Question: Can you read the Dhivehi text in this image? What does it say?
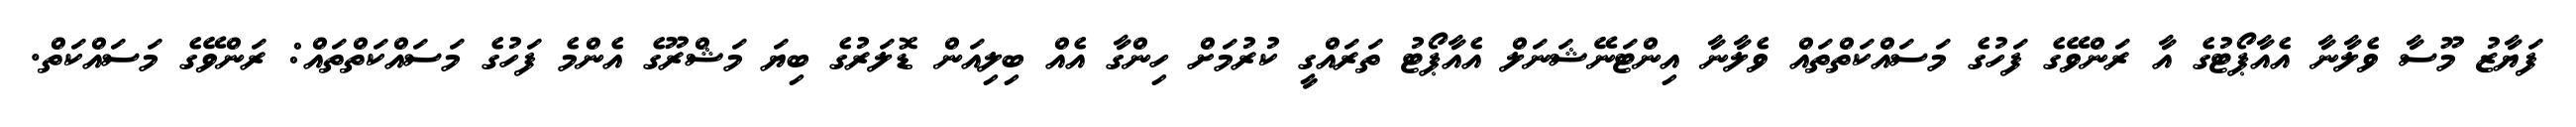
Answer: ފަޔާޒު މޫސާ ވެލާނާ އެއާޕޯޓުގެ އާ ރަންވޭގެ ފަހުގެ މަސައްކަތްތައް ވެލާނާ އިންޓަނޭޝަނަލް އެއާޕޯޓު ތަރައްގީ ކުރުމަށް ހިންގާ އެއް ބިލިއަން ޑޮލަރުގެ ބިޔަ މަޝްރޫގެ އެންމެ ފަހުގެ މަސައްކަތްތައް: ރަންވޭގެ މަސައްކަތް.